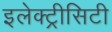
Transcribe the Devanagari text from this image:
इलेक्ट्रीसिटी